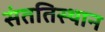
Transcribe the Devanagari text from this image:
संततिस्थान